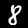
Label: 8